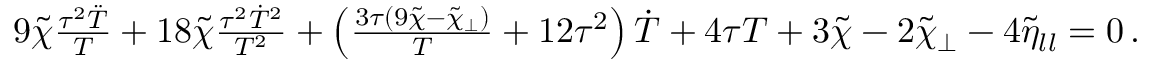
\begin{array} { r l r } & { } & { 9 \tilde { \chi } \frac { \tau ^ { 2 } \ddot { T } } { T } + 1 8 \tilde { \chi } \frac { \tau ^ { 2 } \dot { T } ^ { 2 } } { T ^ { 2 } } + \left( \frac { 3 \tau ( 9 \tilde { \chi } - \tilde { \chi } _ { \perp } ) } { T } + 1 2 \tau ^ { 2 } \right) \dot { T } + 4 \tau T + 3 \tilde { \chi } - 2 \tilde { \chi } _ { \perp } - 4 \tilde { \eta } _ { l l } = 0 \, . } \end{array}